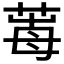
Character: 𦱞